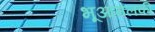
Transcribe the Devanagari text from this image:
भूआमलकी